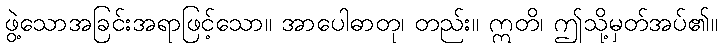
ဖွဲ့သောအခြင်းအရာဖြင့်သော။ အာပေါဓာတု၊ တည်း။ ဣတိ၊ ဤသို့မှတ်အပ်၏။